Calcutta medical institutions reports 1892-1900
Year: 1892
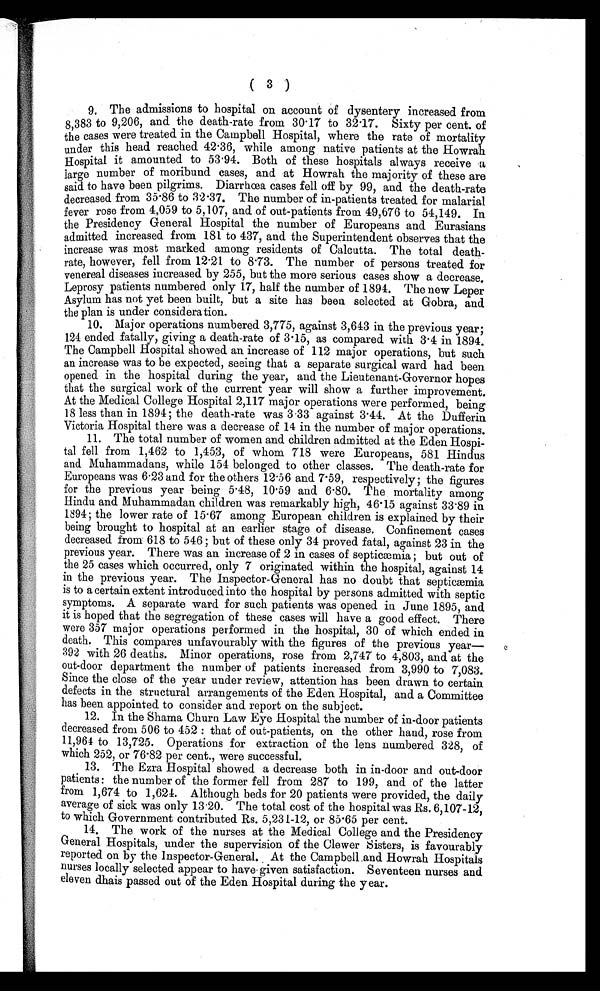
( 3 )
9. The admissions to hospital on account of dysentery increased. from
8,383 to 9,206, and the death-rate from 30.17 to 32.17. Sixty per cent. of
the cases were treated in the Campbell Hospital, where the rate of mortality
under this head reached 42.36, while among native patients at the Howrah
Hospital it amounted to 53.94. Both of these hospitals always receive a
large number of moribund cases, and at Howrah the majority of these are
said to have been pilgrims. Diarrhœa cases fell off by 99, and the death-rate
decreased from 35.86 to 32.37. The number of in-patients treated for malarial
fever rose from 4,059 to 5,107, and of out-patients from 49,676 to 54,149. In
the Presidency General Hospital the number of Europeans and Eurasians
admitted increased from 181 to 437, and the Superintendent observes that the
increase was most marked among residents of Calcutta. The total death-
rate, however, fell from 12.21 to 8.73. The number of persons treated for
venereal diseases increased by 255, but the more serious cases show a decrease.
Leprosy patients numbered only 17, half the number of 1894. The new Leper
Asylum has not yet been built, but a site has been selected at Gobra, and
the plan is under consideration.
10. Major operations numbered 3,775, against 3,643 in the previous year;
124 ended fatally, giving a death-rate of 3.15, as compared with 3.4 in 1894.
The Campbell Hospital showed an increase of 112 major operations, but such
an increase was to be expected, seeing that a separate surgical ward had been
opened in the hospital during the year, and the Lieutenant-Governor hopes
that the surgical work of the current year will show a further improvement.
At the Medical College Hospital 2,117 major operations were performed, being
18 less than in 1894; the death-rate was 3.33 against 3.44. At the Dufferin
Victoria Hospital there was a decrease of 14 in the number of major operations.
11. The total n umber of women and children admitted at the Eden Hospi
-tal fell from 1,462 to 1,453, of whom 718 were Europeans, 581 Hindus
and Muhammadans, while 154 belonged to other classes. The death-rate for
Europeans was 6.23 and for the others 12.56 and 7.59, respectively; the figures
for the previous year being 5.48, 10.59 and 6.80. The mortality among
Hindu and Muhammadan children was remarkably high, 46.15 against 33.89 in
1894; the lower rate of 15.67 among European children is explained by their
being brought to hospital at an earlier stage of disease. Confinement cases
decreased from 618 to 546 ; but of these only 34 proved fatal, against 23 in the
previous year. There was an increase of 2 in cases of septicæmia ; but out of
the 25 cases which occurred, only 7 originated within the hospital, against 14
in the previous year. The Inspector-General has no doubt that septicæmia
is to a certain extent introduced into the hospital by persons admitted with septic
symptoms. A separate ward for such patients was opened in June 1895, and
it is hoped that the segregation of these cases will have a good effect. There
were 357 major operations performed in the hospital, 30 of which ended in
death. This compares unfavourably with the figures of the previous year
—
12.
392 with 26 deaths. Minor operations, rose from 2,747 to 4,803, and at the
out-door department the number of patients increased from 3,990 to 7,083.
Since the close of the year under review, attention has been drawn to certain
defects in the structural arrangements of the Eden Hospital, and a Committee
has been appointed to consider and report on the subject.
13. In the Shama Churn Law Eye Hospital the number of in-door patients
decreased from 506 to 452: that of out-patients, on the other hand, rose from
11,964 to 13,725. Operations for extraction of the lens numbered 328, of
which 252, or 76.82 per cent., were successful.
14. The Ezra Hospital showed a decrease both in in-door and out-door
patients: the number of the former fell from 287 to199, and of the latter
from 1,674 to 1,624. Although beds for 20 patients were provided, the daily
average of sick was only 13.20. The total cost of the hospital was Rs. 6,107-12,
to which Government contributed Rs. 5,231-12, or 85.65 per cent.
15. The work of the nurses at the Medical College and the Presidency
General Hospitals, under the supervision of the Clewer Sisters, is favourably
reported on by the Inspector-General. At the Campbell and Howrah Hospitals
nurses locally selected appear to have-given satisfaction. Seventeen nurses and
eleven dhais passed out of the Eden Hospital during the year.